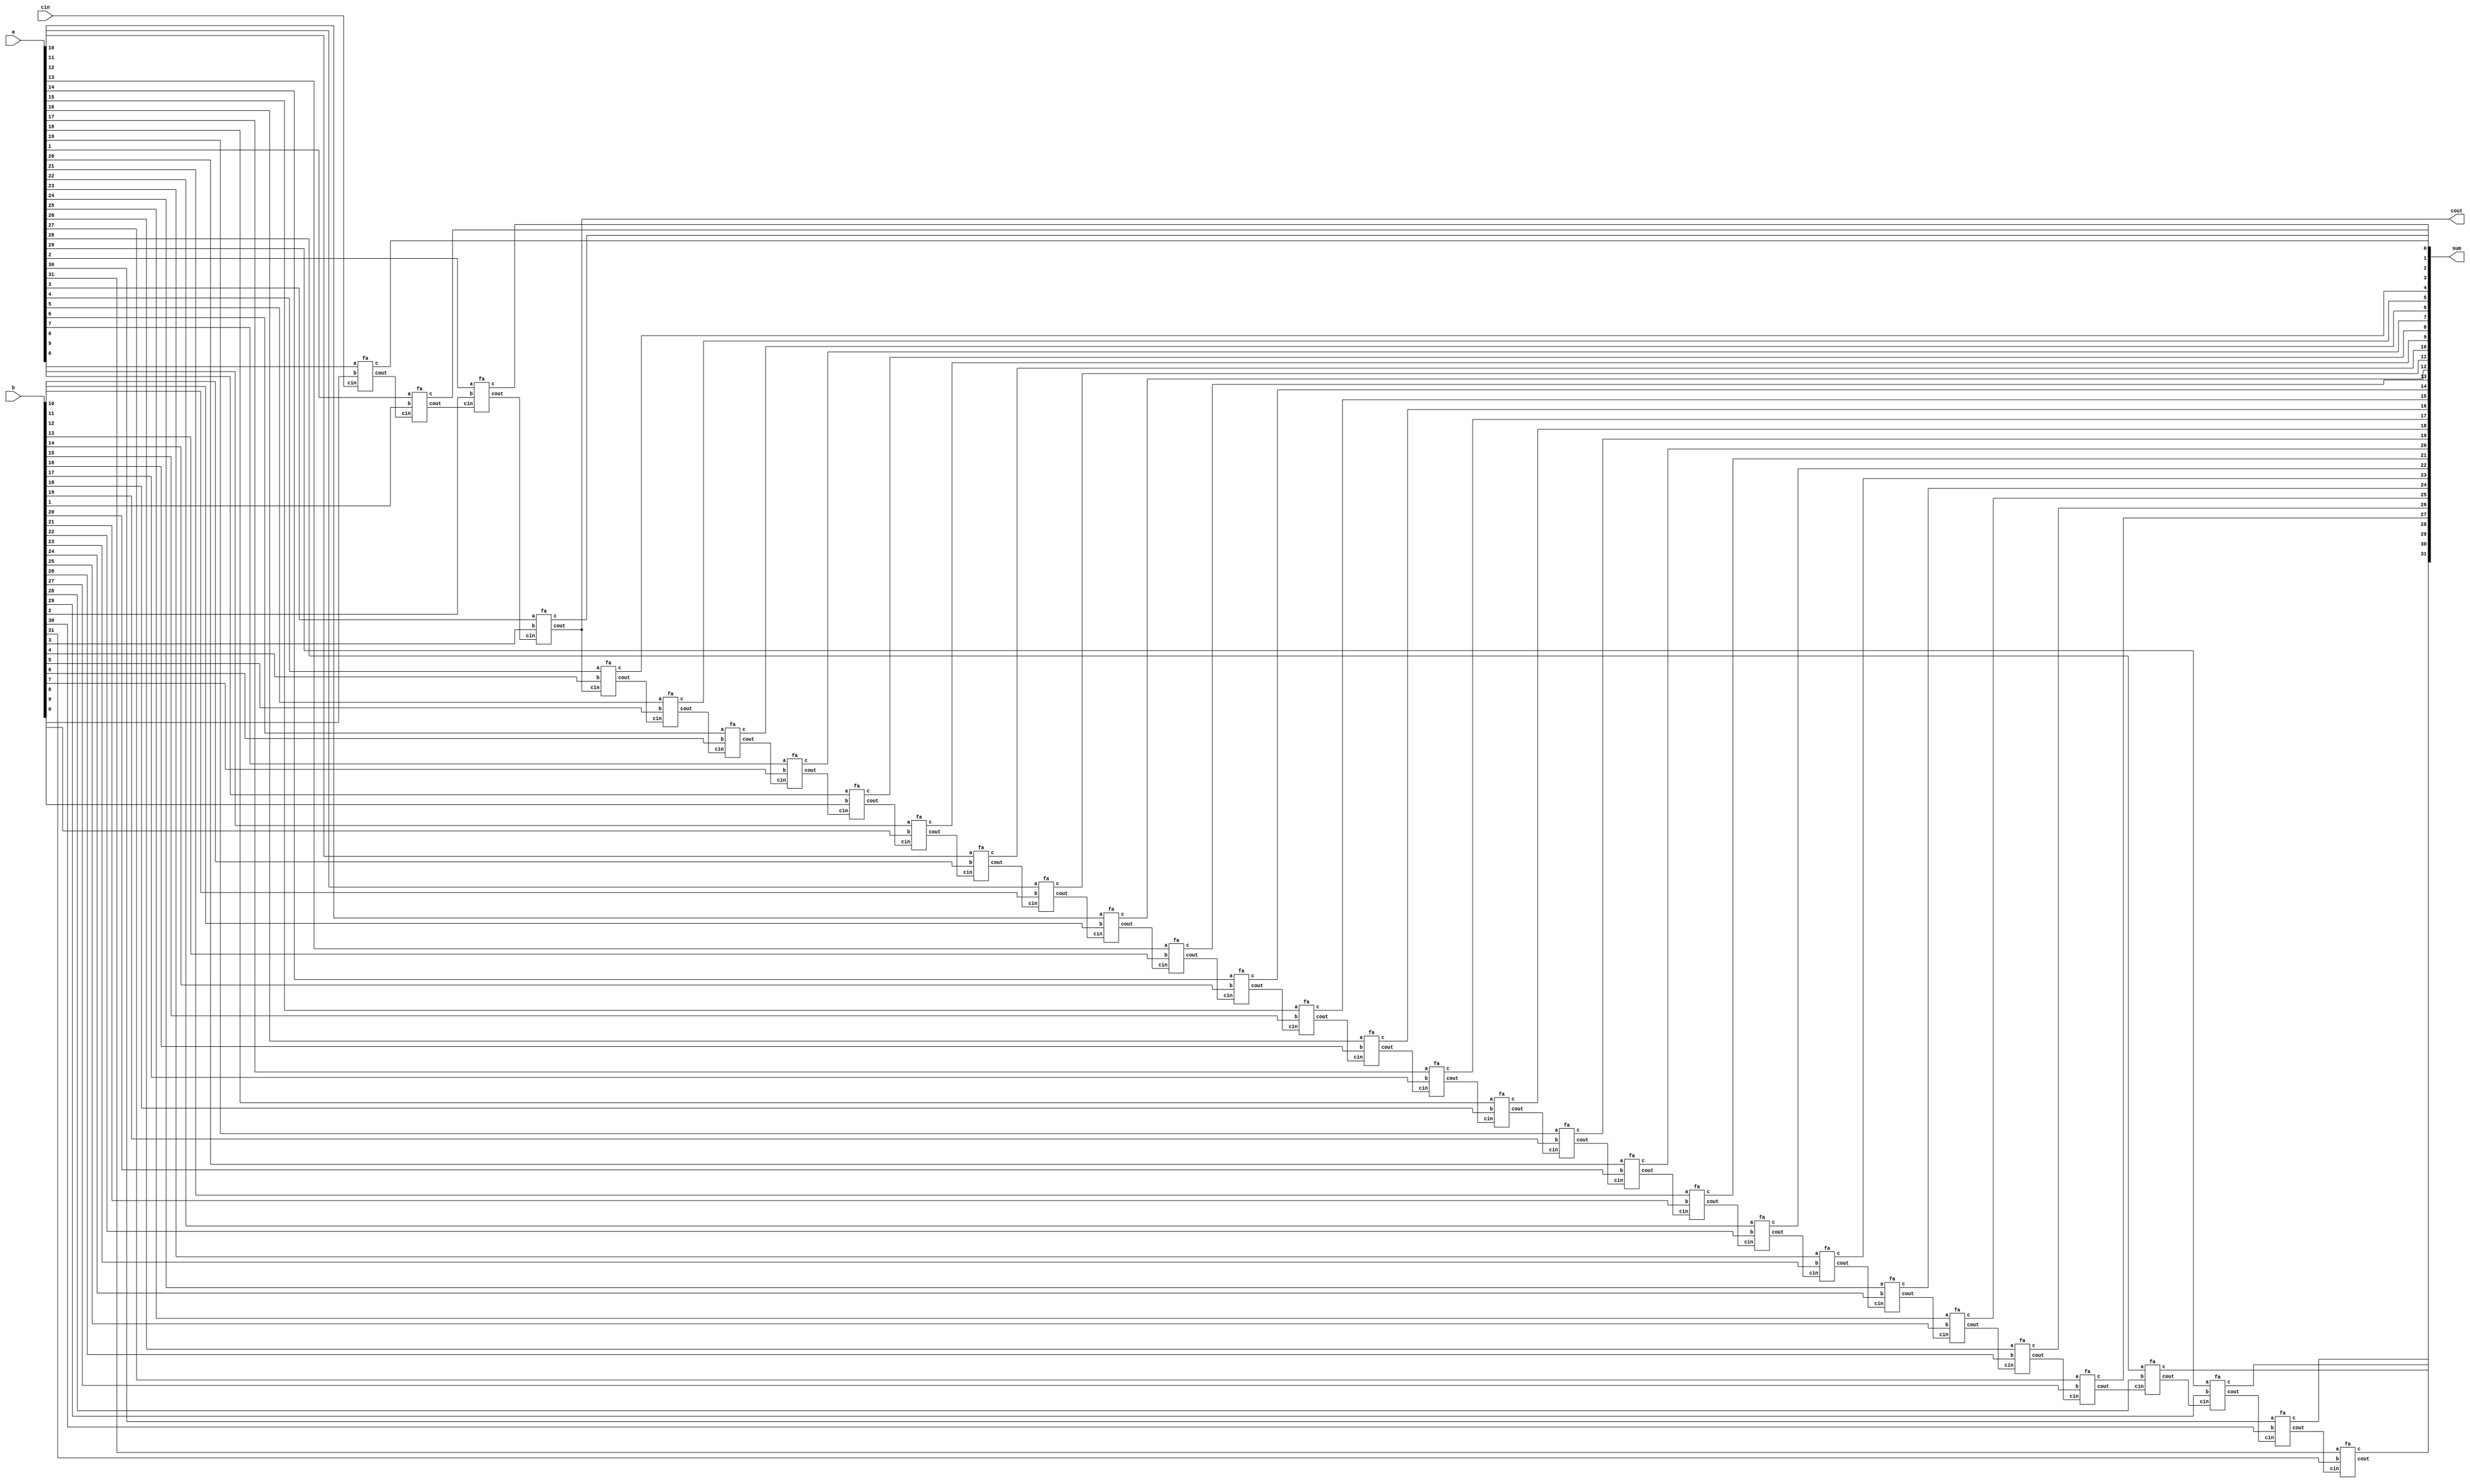
 module bit_32_add(input [31:0] a,input [31:0]b,input cin,output[31:0]sum,output cout);
  wire [31:0] coutt;
  genvar i;
  fa inst1(.a(a[0]),.b(b[0]),.cin(cin),.c(sum[0]),.cout(coutt[0]));
  generate
  for(i=1;i<32;i=i+1) begin: adc
  fa insti(.a(a[i]),.b(b[i]),.cin(coutt[i-1]),.c(sum[i]),.cout(coutt[i]));
  end
  endgenerate
  assign cout=coutt[3];
 
endmodule


module fa(input a,input b,input cin, output c,output cout);
  assign c=a^b^cin;
  assign cout=a&b|a&cin|b&cin;
endmodule